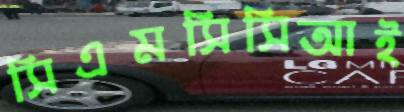
সিএমসিসিআই